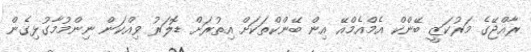
ރާއްޖޭގެ މަރުކަޒީ ބޭންކް އެމްއެމްއޭ އިން ބޭންކްތަކަށް އިތުރަށް ޑޮލަރު ވިއްކަން ނިންމުމާގުޅިގެން